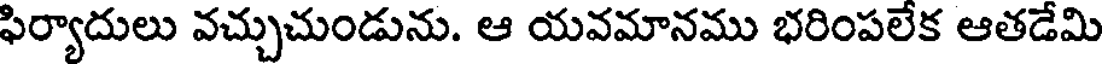
ఫిర్యాదులు వచ్చుచుండును. ఆ యవమానము భరింపలేక ఆతడేమి